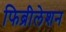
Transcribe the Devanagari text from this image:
फिब्रीलेशन